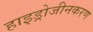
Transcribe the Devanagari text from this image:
हाइड्रोजीनकरण